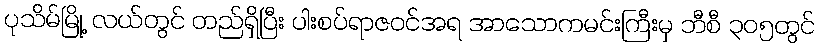
ပုသိမ်မြို့ လယ်တွင် တည်ရှိပြီး ပါးစပ်ရာဇဝင်အရ အာသောကမင်းကြီးမှ ဘီစီ ၃၀၅တွင်